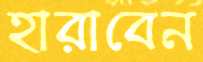
হারাবেন